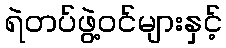
ရဲတပ်ဖွဲ့ဝင်များနှင့်